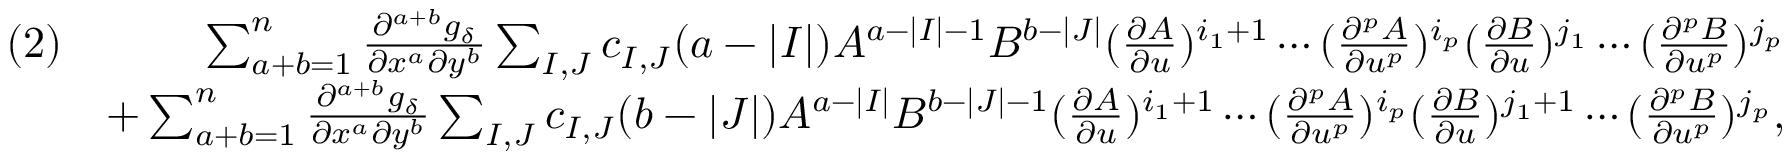
\begin{array} { r l r } & { ( 2 ) } & { \sum _ { a + b = 1 } ^ { n } \frac { \partial ^ { a + b } g _ { \delta } } { \partial x ^ { a } \partial y ^ { b } } \sum _ { I , J } c _ { I , J } ( a - | I | ) A ^ { a - | I | - 1 } B ^ { b - | J | } ( \frac { \partial A } { \partial u } ) ^ { i _ { 1 } + 1 } \cdots ( \frac { \partial ^ { p } A } { \partial u ^ { p } } ) ^ { i _ { p } } ( \frac { \partial B } { \partial u } ) ^ { j _ { 1 } } \cdots ( \frac { \partial ^ { p } B } { \partial u ^ { p } } ) ^ { j _ { p } } } \\ & { } & { + \sum _ { a + b = 1 } ^ { n } \frac { \partial ^ { a + b } g _ { \delta } } { \partial x ^ { a } \partial y ^ { b } } \sum _ { I , J } c _ { I , J } ( b - | J | ) A ^ { a - | I | } B ^ { b - | J | - 1 } ( \frac { \partial A } { \partial u } ) ^ { i _ { 1 } + 1 } \cdots ( \frac { \partial ^ { p } A } { \partial u ^ { p } } ) ^ { i _ { p } } ( \frac { \partial B } { \partial u } ) ^ { j _ { 1 } + 1 } \cdots ( \frac { \partial ^ { p } B } { \partial u ^ { p } } ) ^ { j _ { p } } , } \end{array}